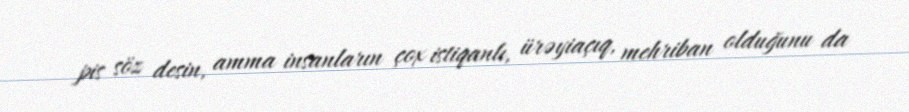
pis söz desin, amma insanların çox istiqanlı, ürəyiaçıq, mehriban olduğunu da